Mental hospitals Bombay report 1921-28 - 1921-1928
Year: 1921
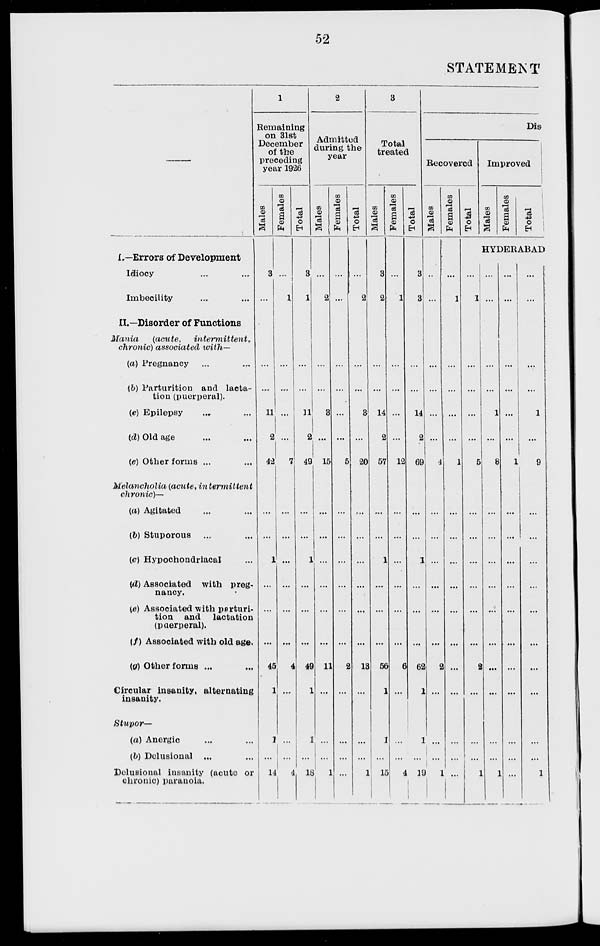
52
STATEMENT
—
I.—Errors of Development
Idiocy ... ...
Imbecility ... ...
II.—Disorder of Functions
Mania
(acute,
intermittent,
chronic) associated with—
(a) Pregnancy ... ...
(b) Parturition and lacta-
tion (puerperal).
(c) Epilepsy ... ...
(d) Old age ... ...
(e) Other forms ... ...
Melancholia (acute,
intermittent
chronic)—
(a) Agitated ... ...
(b) Stuporous ... ...
(c) Hypochondriacal ...
(d) Associated with preg-
nancy.
(e) Associated with parturi-
tion and lactation
(puerperal).
(f) Associated with old age .
(g) Other forms ... ...
Circular insanity, alternating
insanity.
Stupor—
(a) Anergic ... ...
(b) Delusional ... ...
Delusional insanity (acute or
chronic) paranoia.
1
Remaining
on 31st
December
of the
preceding
year 1926
Males
3
...
...
...
11
2
42
...
...
1
...
...
...
45
1
1
...
14
Females
...
1
...
...
...
...
7
...
...
...
...
...
...
4
...
...
...
4
Total
3
1
...
...
11
2
49
...
...
1
...
...
...
49
1
1
...
18
2
Admitted
during the
year
Males
...
2
...
...
3
...
15
...
...
...
...
...
...
11
...
...
...
1
Females
...
...
...
...
...
...
5
...
...
...
...
...
...
2
...
...
...
...
Total
...
2
...
...
3
...
20
...
...
...
...
...
...
13
...
...
...
1
3
Total
treated
Males
3
2
...
...
14
2
57
...
...
1
...
...
...
56
1
1
...
15
Females
...
1
...
...
...
...
12
...
...
...
...
...
...
6
...
...
...
4
Total
3
3
...
...
14
2
69
...
...
1
...
...
...
62
1
1
...
19
Dis
Recovered
Males
...
...
...
...
...
...
4
...
...
...
...
...
...
2
...
...
...
1
Females
...
1
...
...
...
...
1
...
...
...
...
...
...
...
...
...
...
...
Total
Improved
Males
Females
Total
HYDERABAD
...
1
...
...
...
...
5
...
...
...
...
...
...
2
...
...
...
1
...
...
...
...
1
...
8
...
...
...
...
...
...
...
...
...
...
1
...
...
...
...
...
...
1
...
...
...
...
...
...
...
...
...
...
...
...
...
...
...
1
...
9
...
...
...
...
...
...
...
...
...
...
1